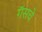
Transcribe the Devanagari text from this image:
गॅसचे